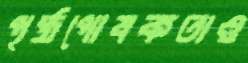
পৃষ্ঠপোষকতাও